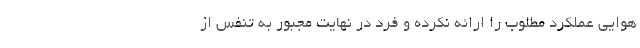
هوایی عملکرد مطلوب را ارائه نکرده و فرد در نهایت مجبور به تنفس از